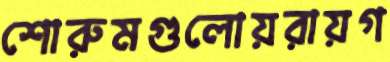
শোরুমগুলোয়রায়গ